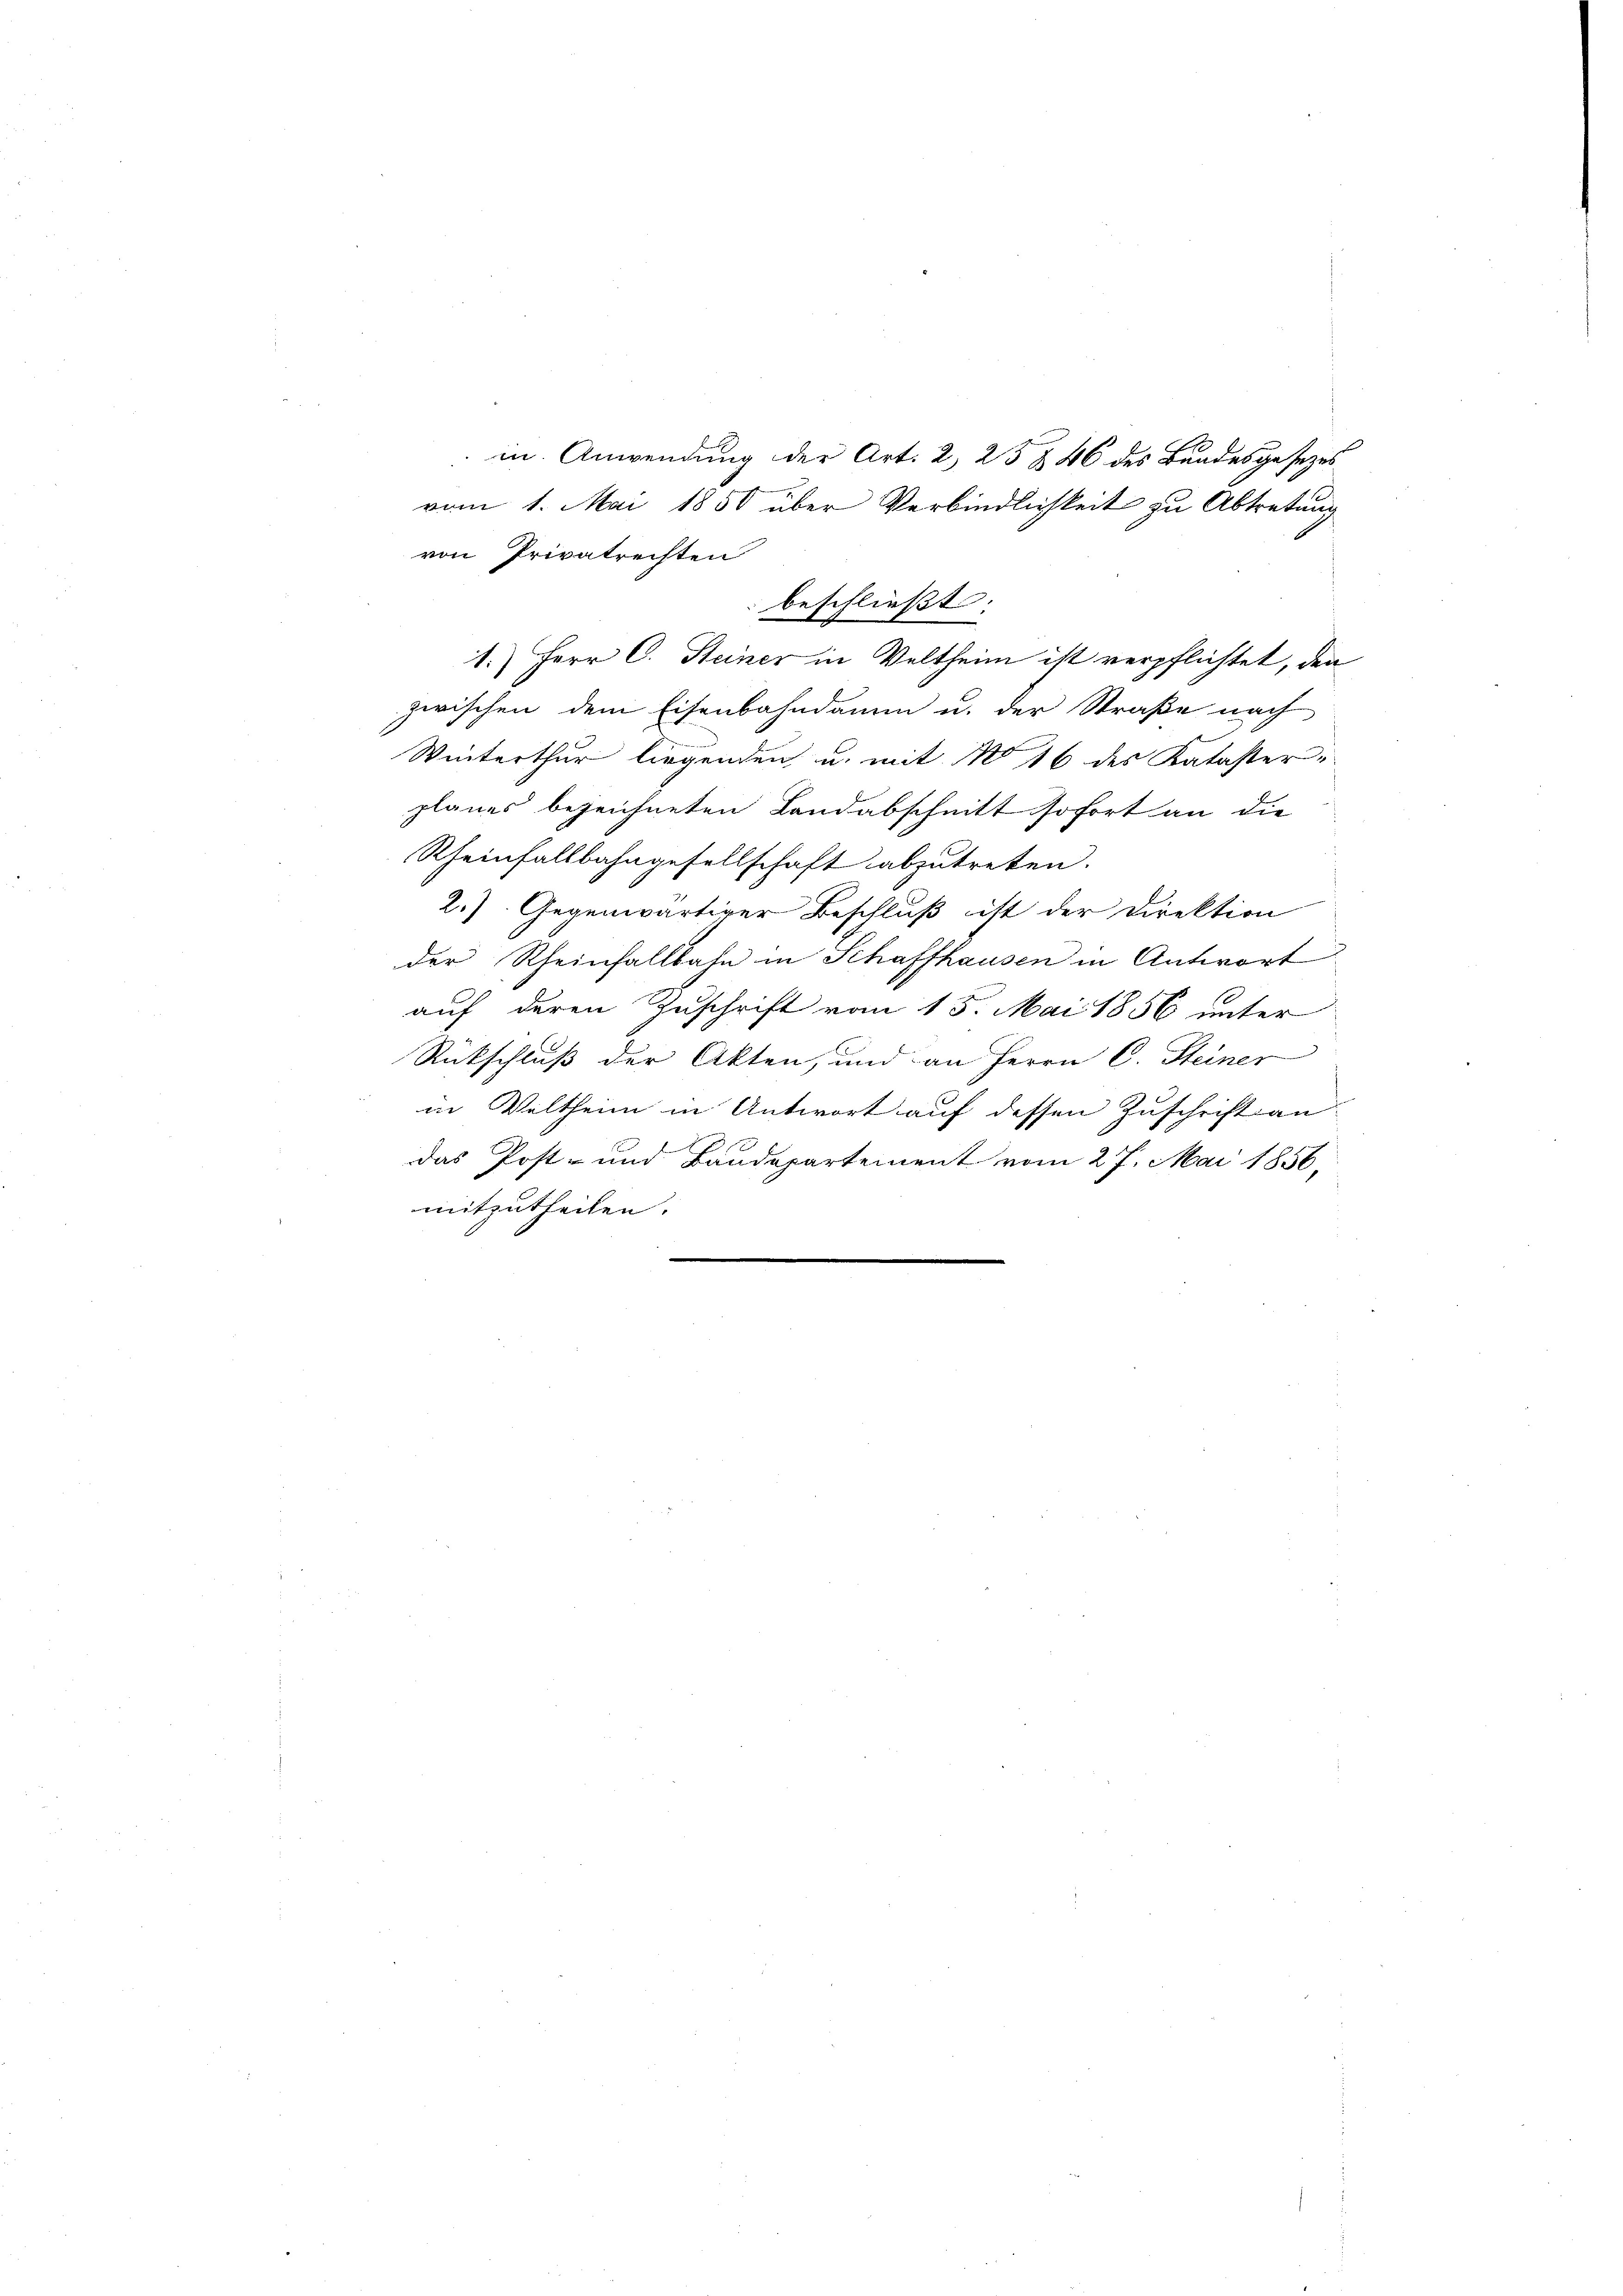
in Anwendung der Art. 2, 23 § 46 des Bundesgesezes
vom 1. Mai 1850 über Verbindlichkeit zu Abtretung
zwischen dem Eisenbahndamm u. der Straße nach
Winterthur liegenden u. mit No 16 des Kataster
planes bezeichneten Landabschnitt sofort an die
Rheinfallbahngesellschaft abzutreten.
2.) Gegenwärtiger Beschluß ist der Direktion
der Rheinfallbahn in Schaffhausen in Antwort
auf deren Zuschrift vom 15. Mai 1856 unter
Rückschluß der Akten, und an Herrn C. Steiner
in Veltheim in Antwort auf dessen Zuschrift an
e
das Post- und Bandepartement vom 27. Mai 1856,
mitzutheilen.
e
e

von Privatrechten
beschließt:
1.) Herr C. Steiner in Veltheim ist verpflichtet, den